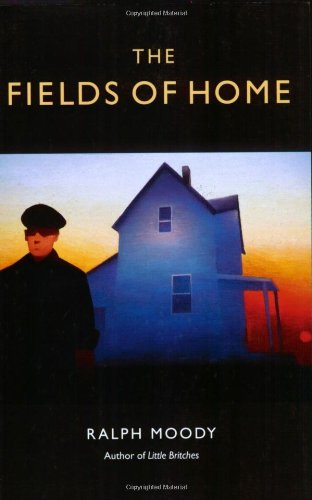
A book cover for The Fields of Home; Ralph Moody; Literature & Fiction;